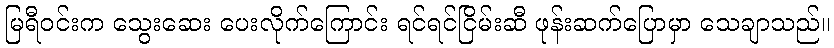
မြရီဝင်းက သွေးဆေး ပေးလိုက်ကြောင်း ရင်ရင်ငြိမ်းဆီ ဖုန်းဆက်ပြောမှာ သေချာသည်။